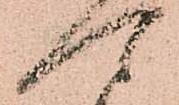
可